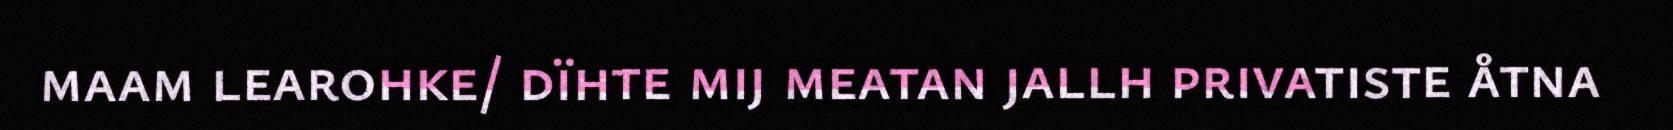
maam learohke/ dïhte mij meatan jallh privatiste åtna